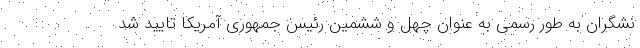
نشگران به طور رسمی به عنوان چهل و ششمین رئیس جمهوری آمریکا تایید شد.